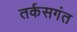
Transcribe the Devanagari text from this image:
तर्कसगंत